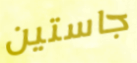
جاستين